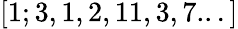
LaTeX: [1;3,1,2,11,3,7...]